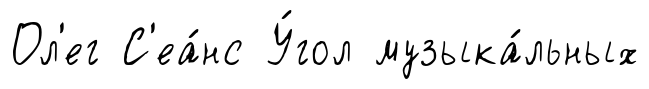
Ол'ег С'еа́нс У́гол музыка́льных